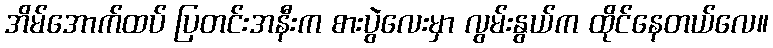
အိမ်အောက်ထပ် ပြတင်းအနီးက စားပွဲလေးမှာ လွမ်းနွယ်က ထိုင်နေတယ်လေ။